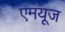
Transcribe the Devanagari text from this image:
एमयूज